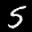
Label: 5